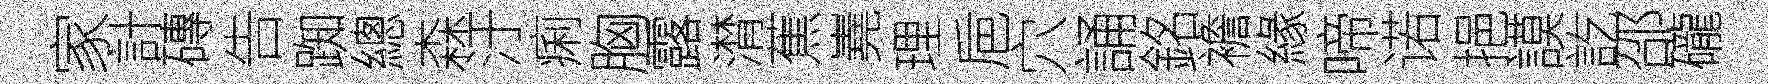
家計磚告踟總森汙痢胸露潸蕉嶤理巵穴誦銘襜緣啼诺挹謨訖邵礲